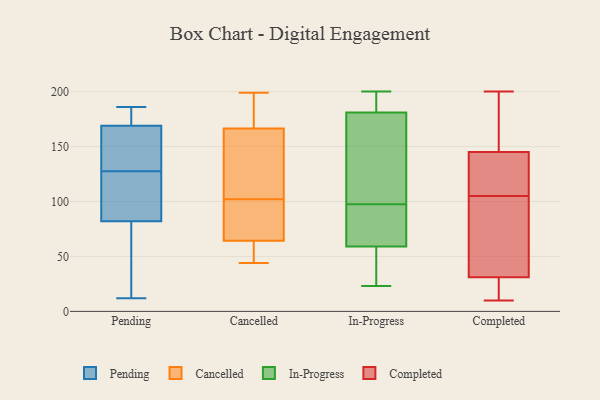
{"axis": {"x": "Latency (ms)", "y": "Value"}, "legend": ["Cancelled", "Completed", "In-Progress", "Pending"], "data": [{"x": "", "y": 96, "type": "Pending"}, {"x": "", "y": 169, "type": "Pending"}, {"x": "", "y": 144, "type": "Pending"}, {"x": "", "y": 148, "type": "Pending"}, {"x": "", "y": 111, "type": "Pending"}, {"x": "", "y": 26, "type": "Pending"}, {"x": "", "y": 179, "type": "Pending"}, {"x": "", "y": 17, "type": "Pending"}, {"x": "", "y": 82, "type": "Pending"}, {"x": "", "y": 82, "type": "Pending"}, {"x": "", "y": 166, "type": "Pending"}, {"x": "", "y": 176, "type": "Pending"}, {"x": "", "y": 99, "type": "Pending"}, {"x": "", "y": 12, "type": "Pending"}, {"x": "", "y": 152, "type": "Pending"}, {"x": "", "y": 20, "type": "Pending"}, {"x": "", "y": 186, "type": "Pending"}, {"x": "", "y": 182, "type": "Pending"}, {"x": "", "y": 60, "type": "Cancelled"}, {"x": "", "y": 102, "type": "Cancelled"}, {"x": "", "y": 62, "type": "Cancelled"}, {"x": "", "y": 167, "type": "Cancelled"}, {"x": "", "y": 174, "type": "Cancelled"}, {"x": "", "y": 55, "type": "Cancelled"}, {"x": "", "y": 199, "type": "Cancelled"}, {"x": "", "y": 154, "type": "Cancelled"}, {"x": "", "y": 48, "type": "Cancelled"}, {"x": "", "y": 189, "type": "Cancelled"}, {"x": "", "y": 193, "type": "Cancelled"}, {"x": "", "y": 101, "type": "Cancelled"}, {"x": "", "y": 102, "type": "Cancelled"}, {"x": "", "y": 71, "type": "Cancelled"}, {"x": "", "y": 44, "type": "Cancelled"}, {"x": "", "y": 138, "type": "Cancelled"}, {"x": "", "y": 73, "type": "Cancelled"}, {"x": "", "y": 165, "type": "Cancelled"}, {"x": "", "y": 72, "type": "Cancelled"}, {"x": "", "y": 119, "type": "In-Progress"}, {"x": "", "y": 53, "type": "In-Progress"}, {"x": "", "y": 65, "type": "In-Progress"}, {"x": "", "y": 40, "type": "In-Progress"}, {"x": "", "y": 116, "type": "In-Progress"}, {"x": "", "y": 200, "type": "In-Progress"}, {"x": "", "y": 23, "type": "In-Progress"}, {"x": "", "y": 66, "type": "In-Progress"}, {"x": "", "y": 79, "type": "In-Progress"}, {"x": "", "y": 181, "type": "In-Progress"}, {"x": "", "y": 182, "type": "In-Progress"}, {"x": "", "y": 181, "type": "In-Progress"}, {"x": "", "y": 191, "type": "Completed"}, {"x": "", "y": 71, "type": "Completed"}, {"x": "", "y": 31, "type": "Completed"}, {"x": "", "y": 174, "type": "Completed"}, {"x": "", "y": 115, "type": "Completed"}, {"x": "", "y": 21, "type": "Completed"}, {"x": "", "y": 101, "type": "Completed"}, {"x": "", "y": 31, "type": "Completed"}, {"x": "", "y": 127, "type": "Completed"}, {"x": "", "y": 109, "type": "Completed"}, {"x": "", "y": 200, "type": "Completed"}, {"x": "", "y": 145, "type": "Completed"}, {"x": "", "y": 81, "type": "Completed"}, {"x": "", "y": 10, "type": "Completed"}]}